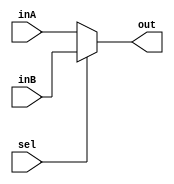
`timescale 1ns / 1ps

////////////////////////////////////////////////////////////////////////////////
// ECE369 - Computer Architecture
// 
// Module - Mux32Bit2To1.v
// Description - Performs signal multiplexing between 2 32-Bit words.
////////////////////////////////////////////////////////////////////////////////

module Mux32Bit2To1(out, inA, inB, sel);

    output reg [31:0] out;
    
    input [31:0] inA;
    input [31:0] inB;
    input sel;

    //simple mux; 0 chooses inA, 1 chooses inB.
    always @(inA, inB, sel) begin
        if(sel == 0) begin
            out <= inA;
        end
        else begin
            out <= inB;
        end
    end

endmodule